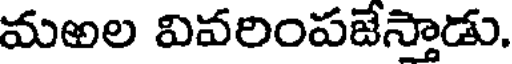
మఱల వివరింపజేస్తాడు.